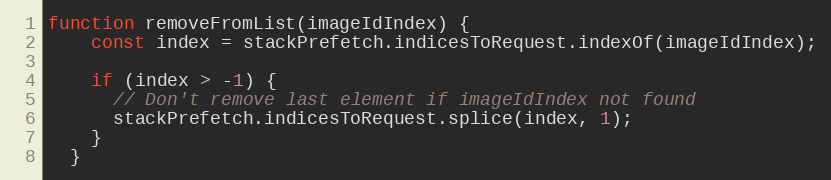
Language: JavaScript
function removeFromList(imageIdIndex) {
    const index = stackPrefetch.indicesToRequest.indexOf(imageIdIndex);

    if (index > -1) {
      // Don't remove last element if imageIdIndex not found
      stackPrefetch.indicesToRequest.splice(index, 1);
    }
  }